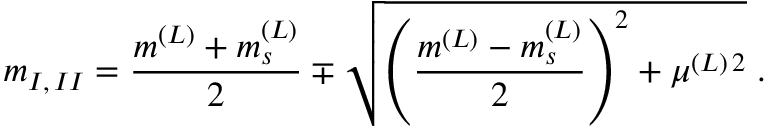
m _ { I , \, I I } = \frac { m ^ { ( L ) } + m _ { s } ^ { ( L ) } } { 2 } \mp \sqrt { \left( \frac { m ^ { ( L ) } - m _ { s } ^ { ( L ) } } { 2 } \right) ^ { 2 } + \mu ^ { ( L ) \, 2 } } \; .